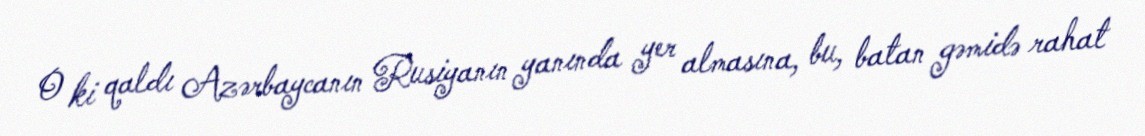
O ki qaldı Azərbaycanın Rusiyanın yanında yer almasına, bu, batan gəmidə rahat